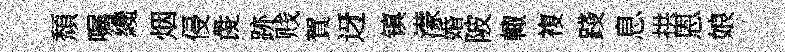
頹嘱纔烟侵彘跡贱賀迓镇濛婚陂輙複踐息拱恩娘